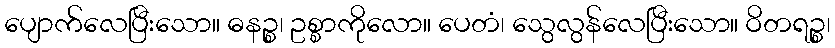
ပျောက်လေပြီးသော။ ဓနဉ္စ၊ ဥစ္စာကိုလော။ ပေတံ၊ သွေလွန်လေပြီးသော။ ဝိတရဉ္စ၊